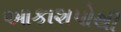
આકાશપોથી